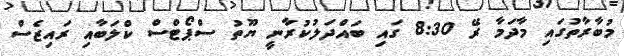
މުބާރާތުގައި މާދަމާ ރޭ 8:30 ގައި ބައްދަލުކުރާނީ ޔޫތު ސްޕޯޓްސް ކްލަބާއި ރައިޒެސް